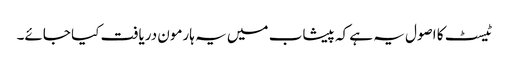
ٹیسٹ کا اصول یہ ہے کہ پیشاب میں یہ ہارمون دریافت کیا جائے۔